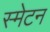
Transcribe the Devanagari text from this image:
स्मेटन